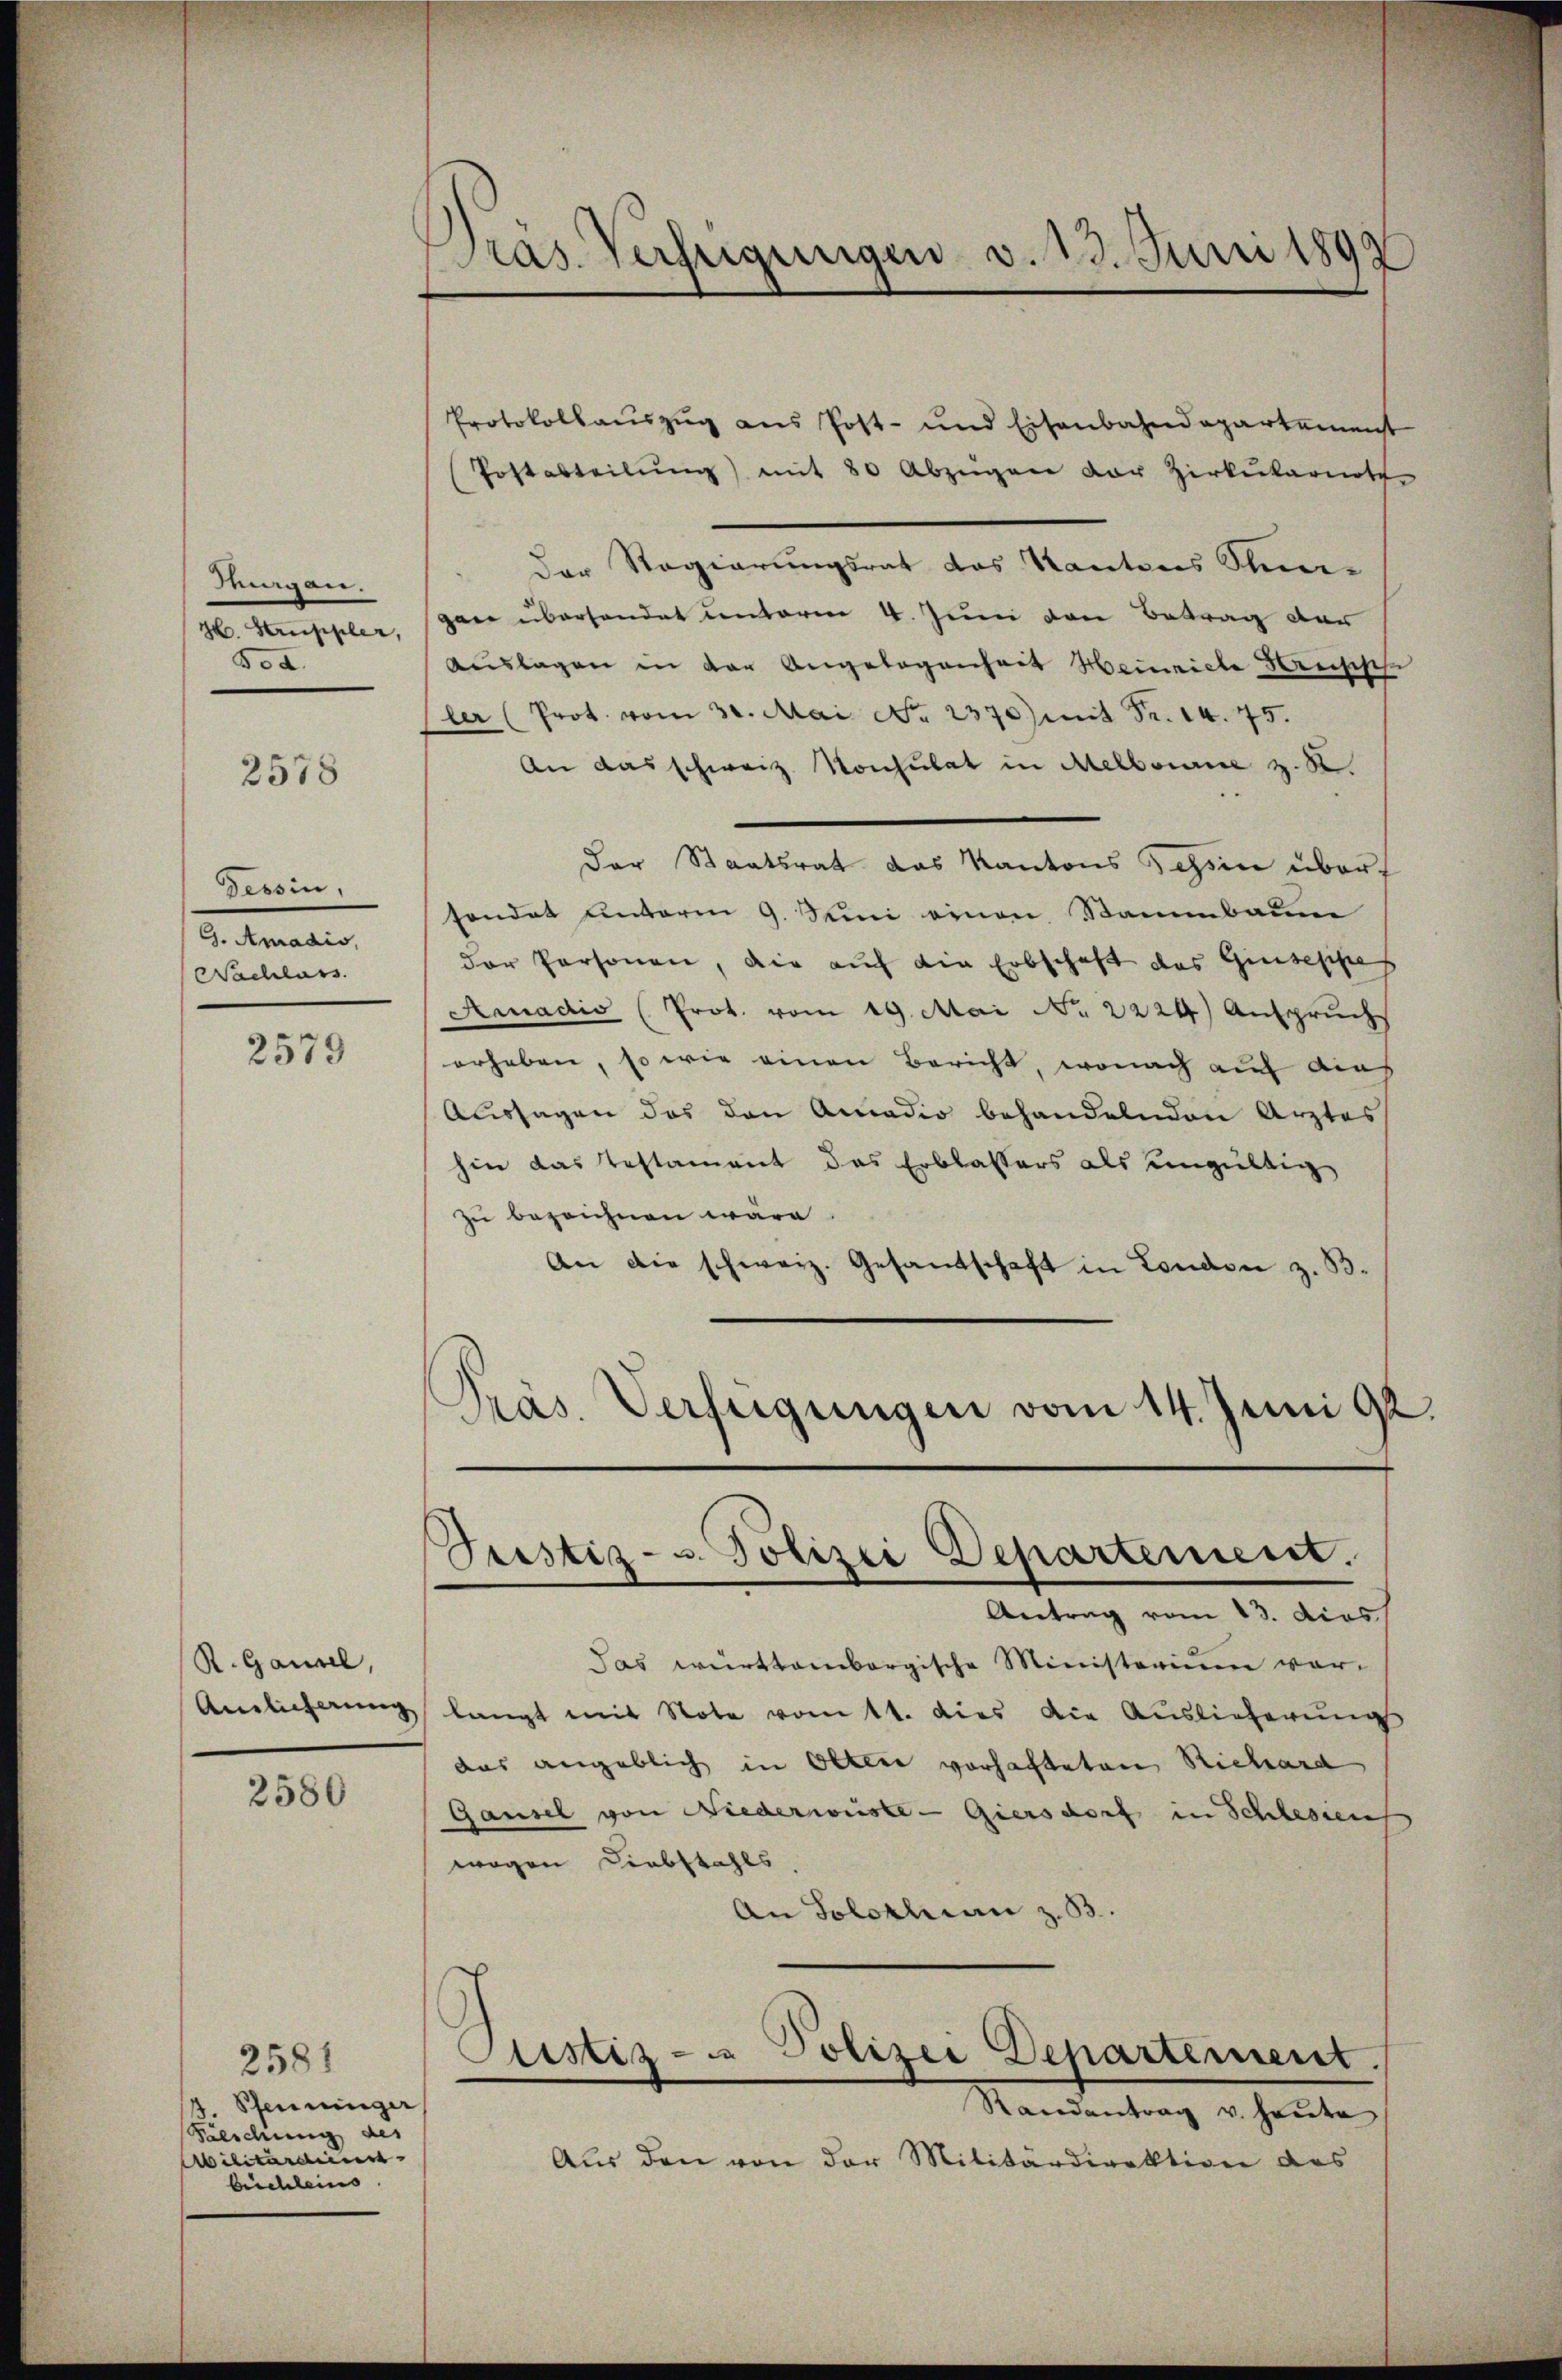
Meigen.
H. Struppler,
Sed.

2578

Tessin,
G. Amadis,
Nachlass

2579

R. Ganzel,
Amlicherung

2580

2581
J. Pfenninger
Salschung des
Militärdien
bichleins

Pras. Verfügungen v. 13. Juni 1892

Protokollauszug aus Post- und Eisenbahndepartement
Postabteilŭng mit 80 Abzügen der Zirkŭkarnoth
Der Regierungsrat des Kantons Stun-
gan überhandet unterm 4. Juni den Betrag der
Auslagen in der Angelegenheit Heinriche Kreischeh
ler (Prot. vom 30. Mai. No. 2370) mit Fr. 14. 75.
An das schweiz. Konsulat in Melbourie z. R.
Der Staatsrat das Kantons Schon über
sondet unterm 9. Sein einen Stammbaum
der Personen, die auch die Erbschaft das Ginsesses
Amadio (Prot. vom 19. Mai Nr. 2224) Anspruch
erheben, so wie einen Bericht, wonach auf dies
Aussagen das den Amadio behandelnden Arztes
hin das Testament das Erblassers als eingültig
zu bezeichnen wäre
An die schweiz. Gesandschaft in London z. B.

Pristiz- u. Polizei Departement.

Präs. Verfügungen vom 14. Juni 92.

Justiz- u. Polizei Departement.

Antrag vom 13. dies
Das württembergische Ministerium vor-
langt mit Note vom 11. dies die Auslieferung
das angeblich in Olten vorhafteten Richard
Gansel von Niederwieste Giersdorf in Schlesiens
wogen Liebstahls,
An Solothurn z. B.
Randantrag v. heute
Aŭs den von der Militärdirektion des